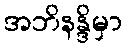
အဘိနန္ဒိမှာ